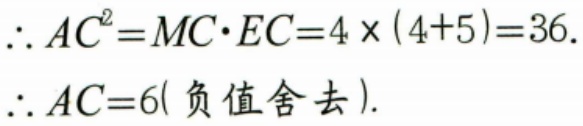
\(\therefore AC^{2}=MC\cdot EC = 4\times(4 + 5)=36\).
\(\therefore AC = 6(\text{负值舍去})\).